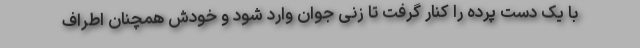
با یک دست پرده را کنار گرفت تا زنی جوان وارد شود و خودش همچنان اطراف